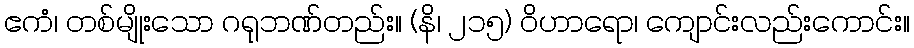
ဧကံ၊ တစ်မျိုးသော ဂရုဘဏ်တည်း။ (နိ၊ ၂၁၅) ဝိဟာရော၊ ကျောင်းလည်းကောင်း။